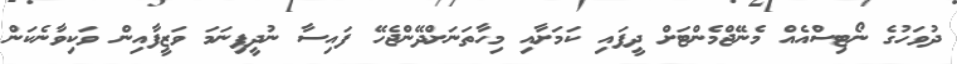
ދުވަހުގެ ނޯޓިސްއެއް މެނޭޖްމެންޓަށް ދީފައި ކަމަށާއި މިހާތަނަށްދޭންޖެހޭ ފައިސާ ނުދީފިނަމަ ވަޒީފާއިން ވަކިވާނެކަން